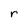
Character: r